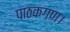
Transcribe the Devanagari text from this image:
पाठकगण।